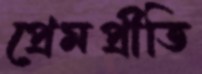
প্রেমপ্রীতি